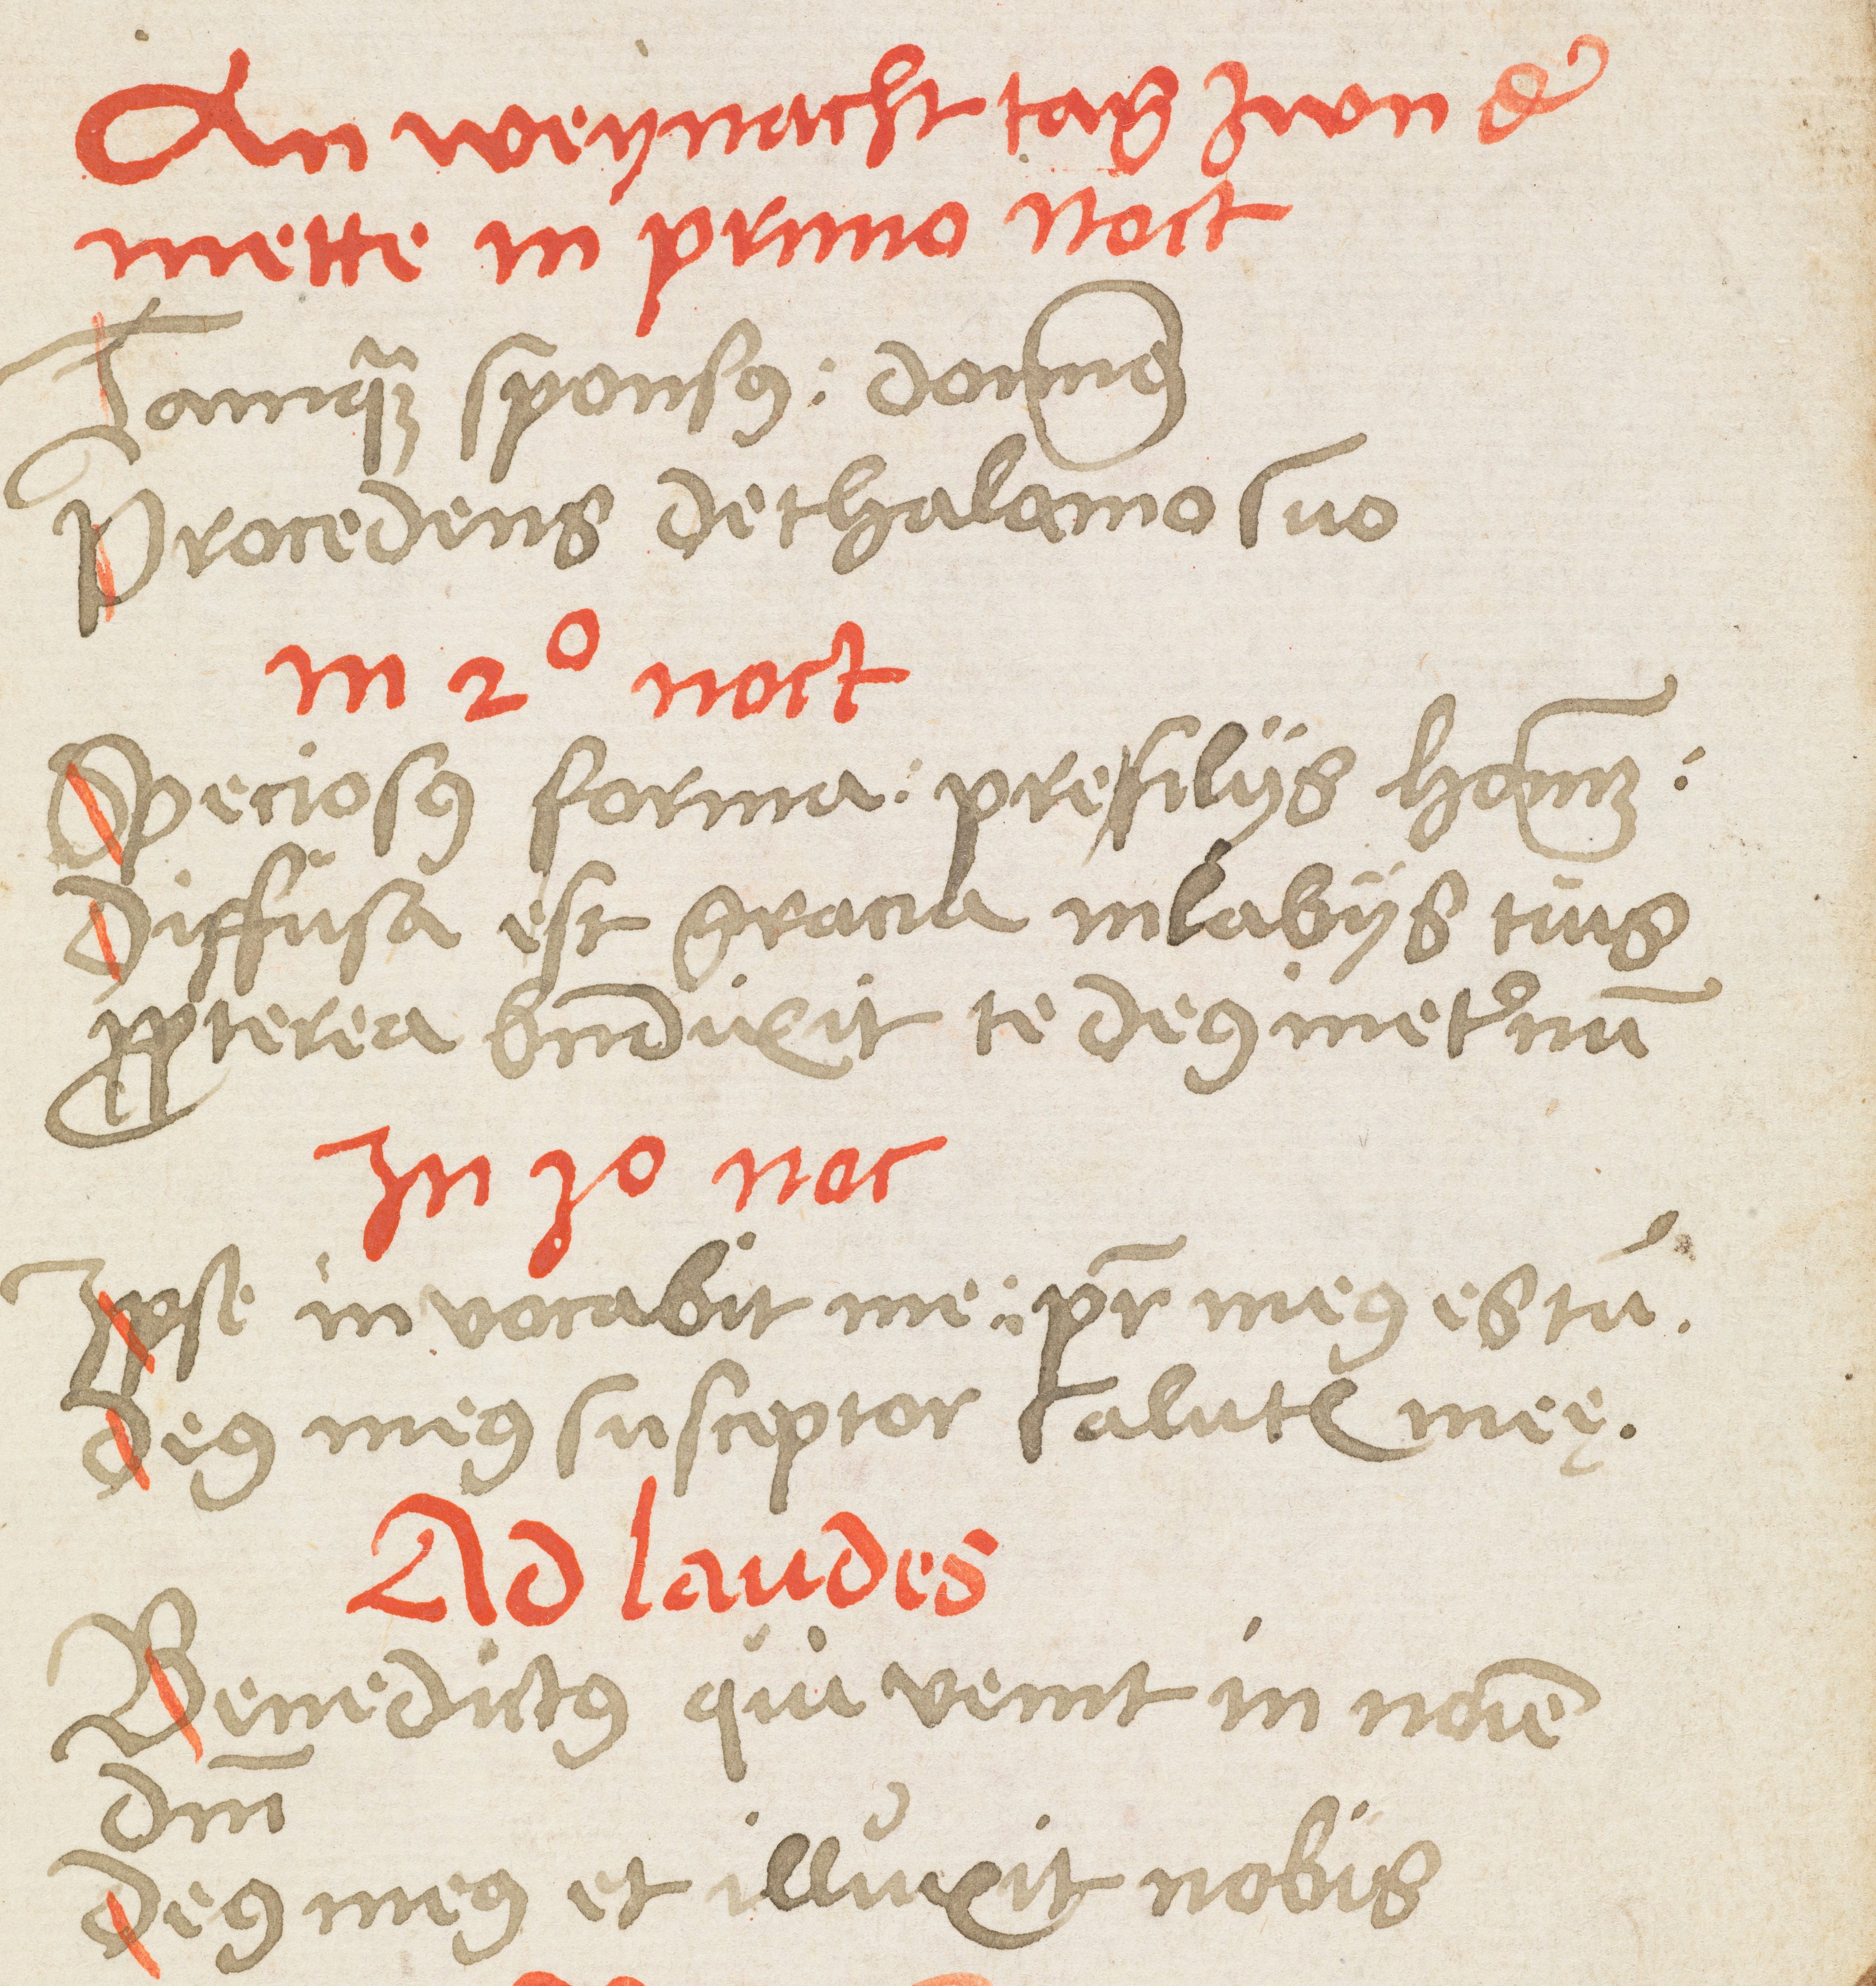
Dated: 1400–1499